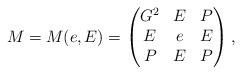
LaTeX: \begin{align*}M=M(e,E)=\begin{pmatrix}G^2& E &P\\E &e &E\\P &E& P\end{pmatrix},\end{align*}